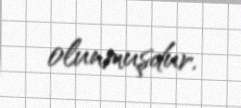
olunmuşdur.